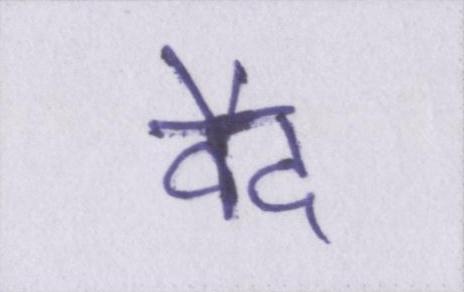
वैद